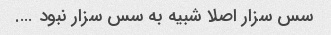
سس سزار اصلا شبیه به سس سزار نبود ….